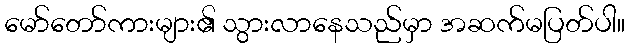
မော်တော်ကားများ၏ သွားလာနေသည်မှာ အဆက်မပြတ်ပါ။